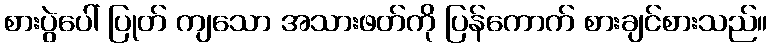
စားပွဲပေါ် ပြုတ် ကျသော အသားဖတ်ကို ပြန်ကောက် စားချင်စားသည်။